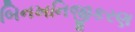
બિનખનિજીકરણ